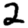
Digit: 2